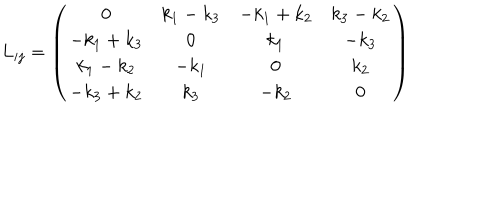
L _ { i j } = \left( \begin{array} { c c c c } { { 0 } } & { { k _ { 1 } - k _ { 3 } } } & { { - k _ { 1 } + k _ { 2 } } } & { { k _ { 3 } - k _ { 2 } } } \\ { { - k _ { 1 } + k _ { 3 } } } & { { 0 } } & { { k _ { 1 } } } & { { - k _ { 3 } } } \\ { { k _ { 1 } - k _ { 2 } } } & { { - k _ { 1 } } } & { { 0 } } & { { k _ { 2 } } } \\ { { - k _ { 3 } + k _ { 2 } } } & { { k _ { 3 } } } & { { - k _ { 2 } } } & { { 0 } } \\ \end{array} \right)